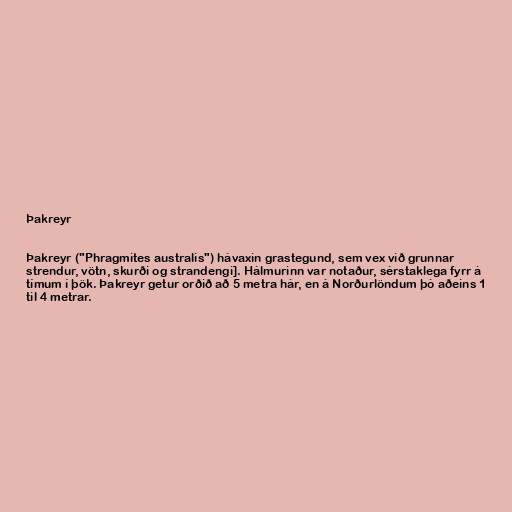
Þakreyr

Þakreyr ("Phragmites australis") hávaxin grastegund, sem vex við grunnar
strendur, vötn, skurði og strandengi]. Hálmurinn var notaður, sérstaklega fyrr á
tímum í þök. Þakreyr getur orðið að 5 metra hár, en á Norðurlöndum þó aðeins 1
til 4 metrar.